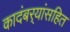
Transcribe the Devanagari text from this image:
कादंबर्‍यांसहित